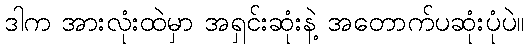
ဒါက အားလုံးထဲမှာ အရှင်းဆုံးနဲ့ အတောက်ပဆုံးပုံပဲ။